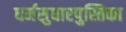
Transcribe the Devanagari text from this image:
धर्मसुधारपुस्तिका